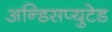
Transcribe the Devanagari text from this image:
अन्डिसप्युटेड